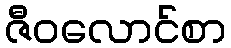
ဇီဝလောင်စာ